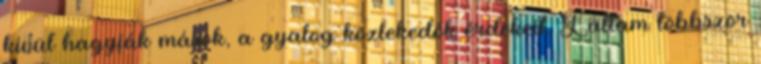
kívül hagyják mások, a gyalog közlekedők érdekeit. Láttam többször